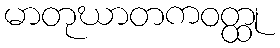
မာတုဃာတကဝတ္ထု